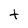
Character: t